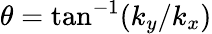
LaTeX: \theta=\tan^{-1}(k_{y}/k_{x})